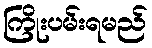
ကြိုးပမ်းရမည်